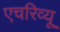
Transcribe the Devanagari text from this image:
एचरिव्यू